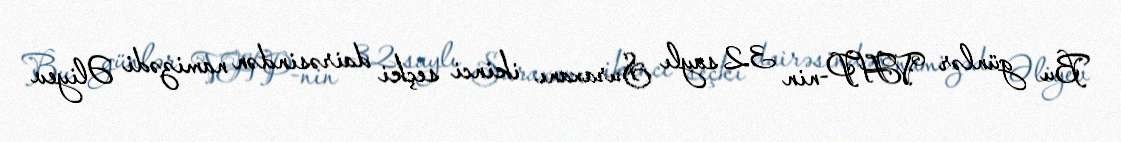
Bu günlər VHP-nin 32 saylı Suraxanı ikinci seçki dairəsindən namizədi Əliyev